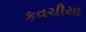
કવચીયા